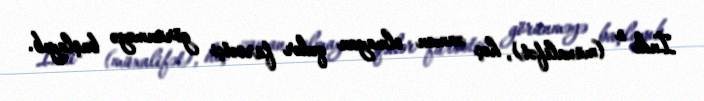
İndi o (müxalifət), heç zaman olmayan qədər fürsətçi görünməyə başlayıb.